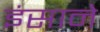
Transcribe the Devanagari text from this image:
इंसाने